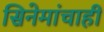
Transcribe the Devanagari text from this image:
सिनेमांचाही